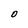
Character: O